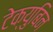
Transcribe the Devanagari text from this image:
टेक्युबिन